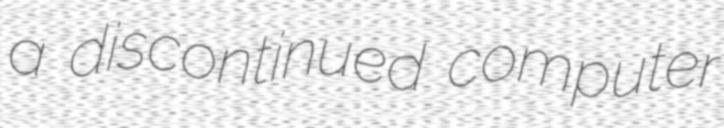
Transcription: a discontinued computer